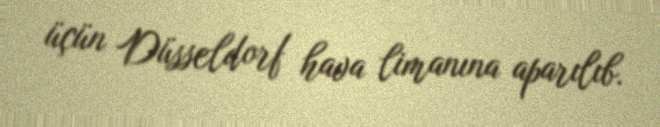
üçün Düsseldorf hava limanına aparılıb.